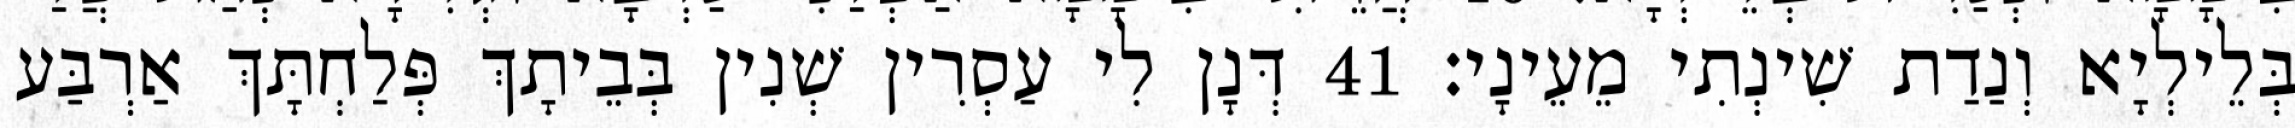
בְּלֵילְיָא וְנַדַת שִׁינְתִי מֵעֵינָי׃ 41 דְּנָן לִי עַסְרִין שְׁנִין בְּבֵיתָךְ פְּלַחְתָּךְ אַרְבַּע